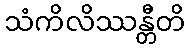
သံကိလိဿန္တီတိ